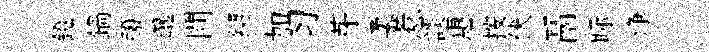
鐙鍋醱邈閴缚加习芽柔惹談惠按伏鬲眎浄